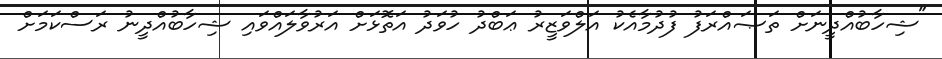
"ޝިހާބުއްދީނަށް ތަޞައްރަފު ފުދުމާއެކު އަލްވަޒީރު ޢަބްދު ހުވަދު އަތޮޅަށް އަރުވާލައްވައި ޝިހާބުއްދީނު ރަސްކަމަށް